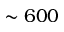
\sim 6 0 0